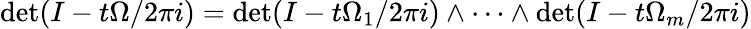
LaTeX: \operatorname*{det}(I-t\Omega/2\pi i)=\operatorname*{det}(I-t\Omega_{1}/2\pi i)\wedge\dots\wedge\operatorname*{det}(I-t\Omega_{m}/2\pi i)